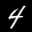
Label: 4